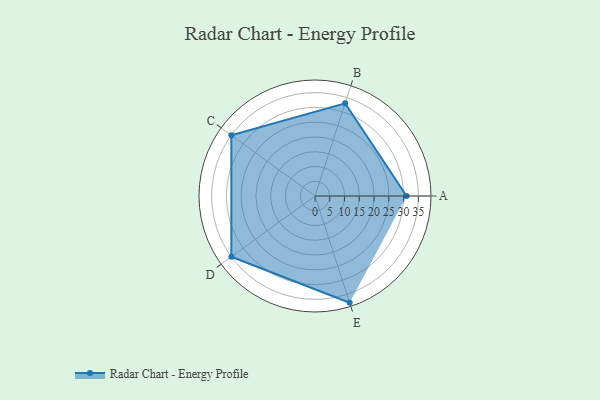
{"axis": {"x": "Skill", "y": "Score"}, "legend": ["Profile"], "data": [{"x": "A", "y": 31.0, "type": "Profile"}, {"x": "B", "y": 33.0, "type": "Profile"}, {"x": "C", "y": 35.0, "type": "Profile"}, {"x": "D", "y": 35.0, "type": "Profile"}, {"x": "E", "y": 38.0, "type": "Profile"}]}